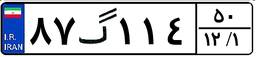
۱۴گ۰۱۷۵۲